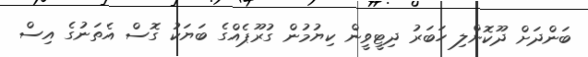
ބަންދަށް ދޫކޮށްލި ހަބަރު ދިޓީވީން ކިޔުމުން ގުރޫޕެއްގެ ބަޔަކު ގޮސް އެތަނުގެ އިސް